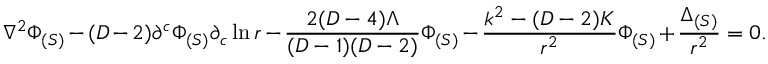
\nabla ^ { 2 } \Phi _ { ( S ) } - ( D - 2 ) \partial ^ { c } \Phi _ { ( S ) } \partial _ { c } \ln r - \frac { 2 ( D - 4 ) \Lambda } { ( D - 1 ) ( D - 2 ) } \Phi _ { ( S ) } - \frac { k ^ { 2 } - ( D - 2 ) K } { r ^ { 2 } } \Phi _ { ( S ) } + \frac { \Delta _ { ( S ) } } { r ^ { 2 } } = 0 .